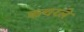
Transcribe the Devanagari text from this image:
कचरले